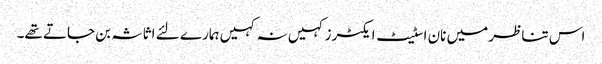
اس تناظر میں نان اسٹیٹ ایکٹرز کہیں نہ کہیں ہمارے لئے اثاثہ بن جاتے تھے۔